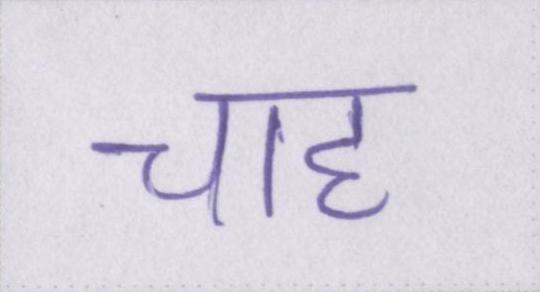
चाह